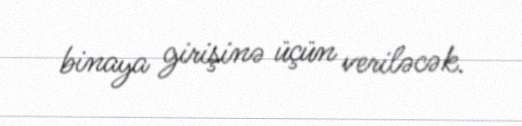
binaya girişinə üçün veriləcək.